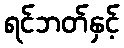
ရင်ဘတ်နှင့်